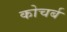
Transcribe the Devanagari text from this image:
कोचर्ब